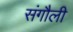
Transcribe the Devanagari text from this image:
संगौली